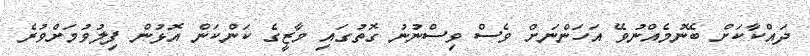
ދައްކާކަށް ބޭނުމެއްނުވޭ އަހަންނަށް ވެސް ވިސްނުނު ގޮތުގައި މާޒީގެ ކަންކަން އޮޅުން ފިލުވުމަށްވުރެ